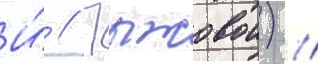
И́ // Пыжовои) //